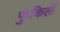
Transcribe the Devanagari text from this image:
फुंकिलें